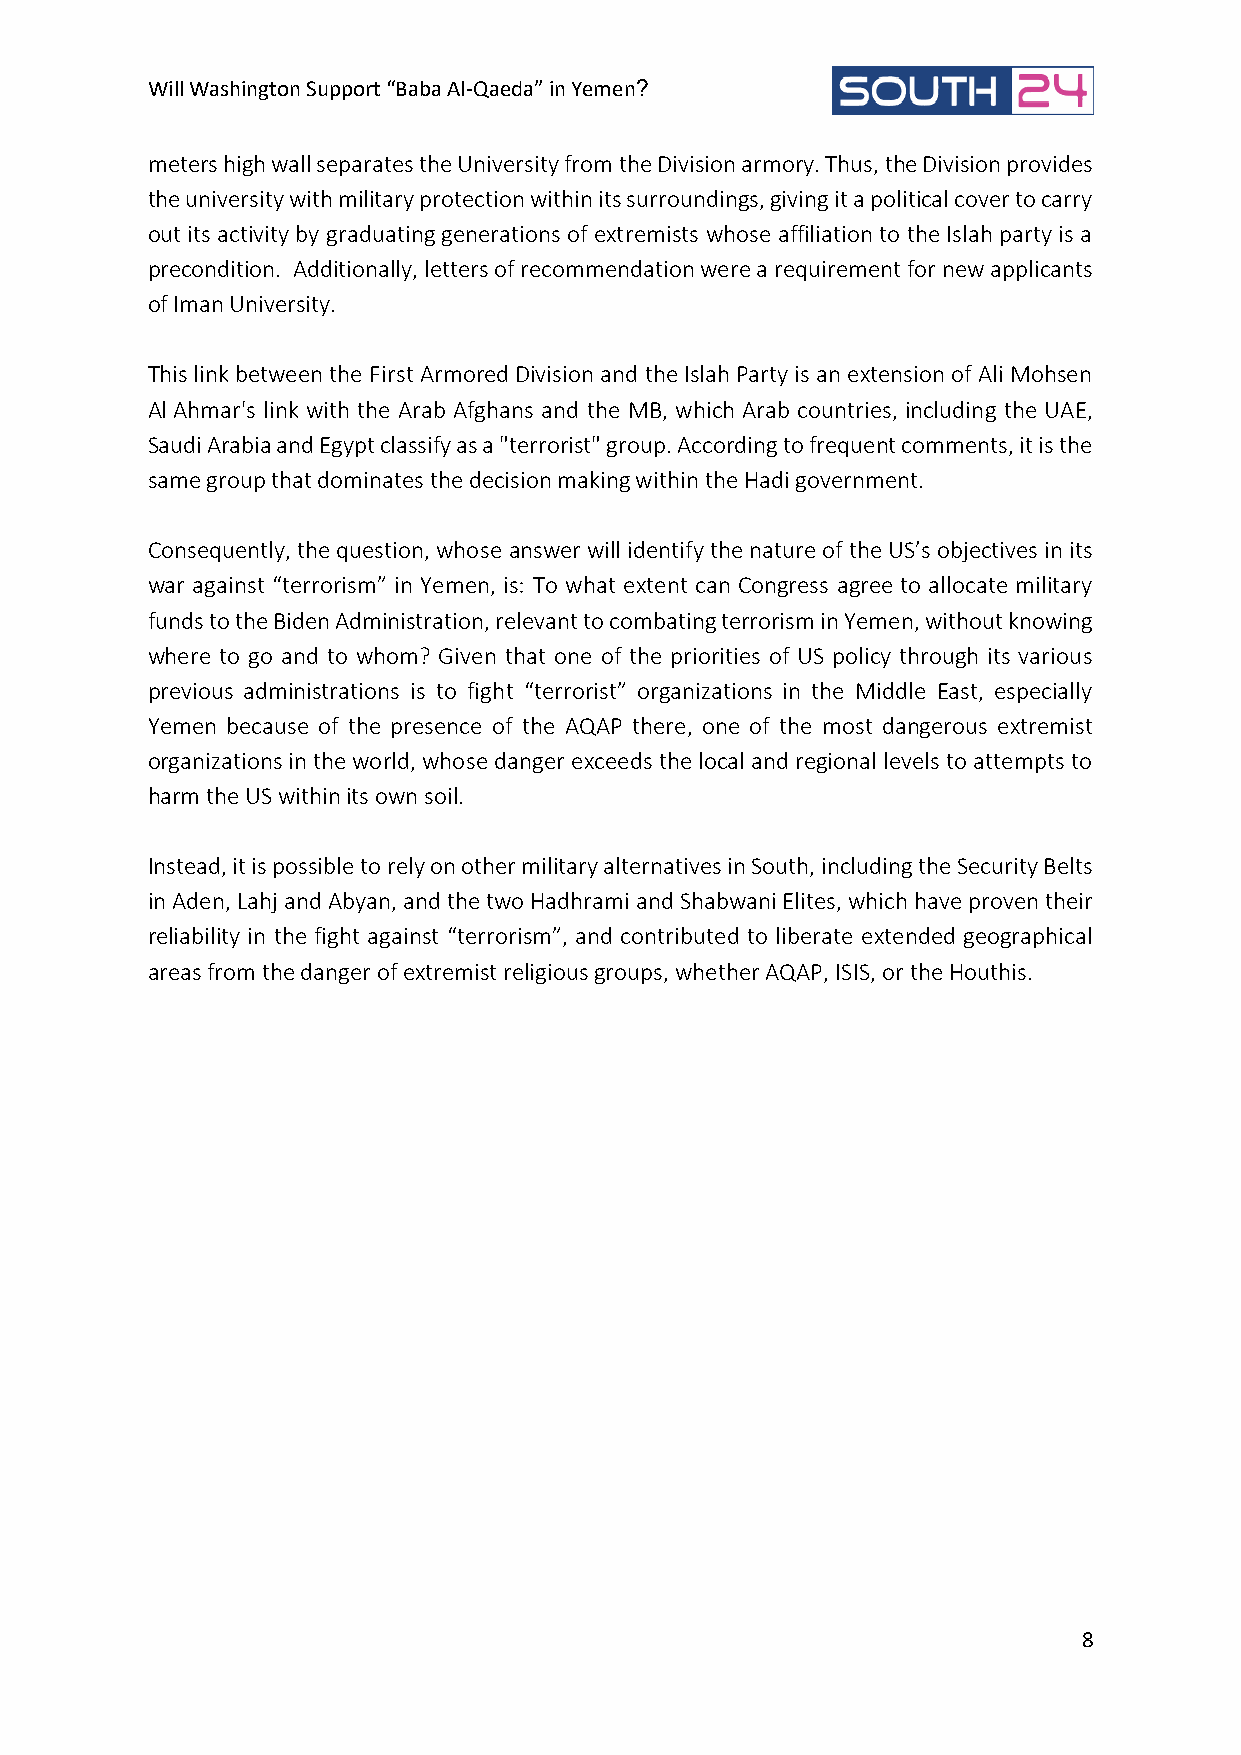
Will Washington Support “Baba Al-Qaeda” in Yemen?
 meters high wall separates the University from the Division armory. Thus, the Division provides
 the university with military protection within its surroundings, giving it a political cover to carry
 out its activity by graduating generations of extremists whose affiliation to the Islah party is a
 precondition. Additionally, letters of recommendation were a requirement for new applicants
 of Iman University.
 This link between the First Armored Division and the Islah Party is an extension of Ali Mohsen
 Al Ahmar's link with the Arab Afghans and the MB, which Arab countries, including the UAE,
 Saudi Arabia and Egypt classify as a "terrorist" group. According to frequent comments, it is the
 same group that dominates the decision making within the Hadi government.
 Consequently, the question, whose answer will identify the nature of the US’s objectives in its
 war against “terrorism” in Yemen, is: To what extent can Congress agree to allocate military
 funds to the Biden Administration, relevant to combating terrorism in Yemen, without knowing
 where to go and to whom? Given that one of the priorities of US policy through its various
 previous administrations is to fight “terrorist” organizations in the Middle East, especially
 Yemen because of the presence of the AQAP there, one of the most dangerous extremist
 organizations in the world, whose danger exceeds the local and regional levels to attempts to
 harm the US within its own soil.
 Instead, it is possible to rely on other military alternatives in South, including the Security Belts
 in Aden, Lahj and Abyan, and the two Hadhrami and Shabwani Elites, which have proven their
 reliability in the fight against “terrorism”, and contributed to liberate extended geographical
 areas from the danger of extremist religious groups, whether AQAP, ISIS, or the Houthis.
 8